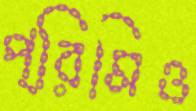
প্রিমিও